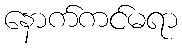
နောက်ကင်မရာ